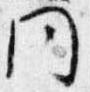
同